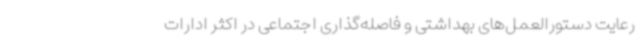
رعایت دستورالعمل‌های بهداشتی و فاصله‌گذاری اجتماعی در اکثر ادارات